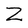
Character: Z